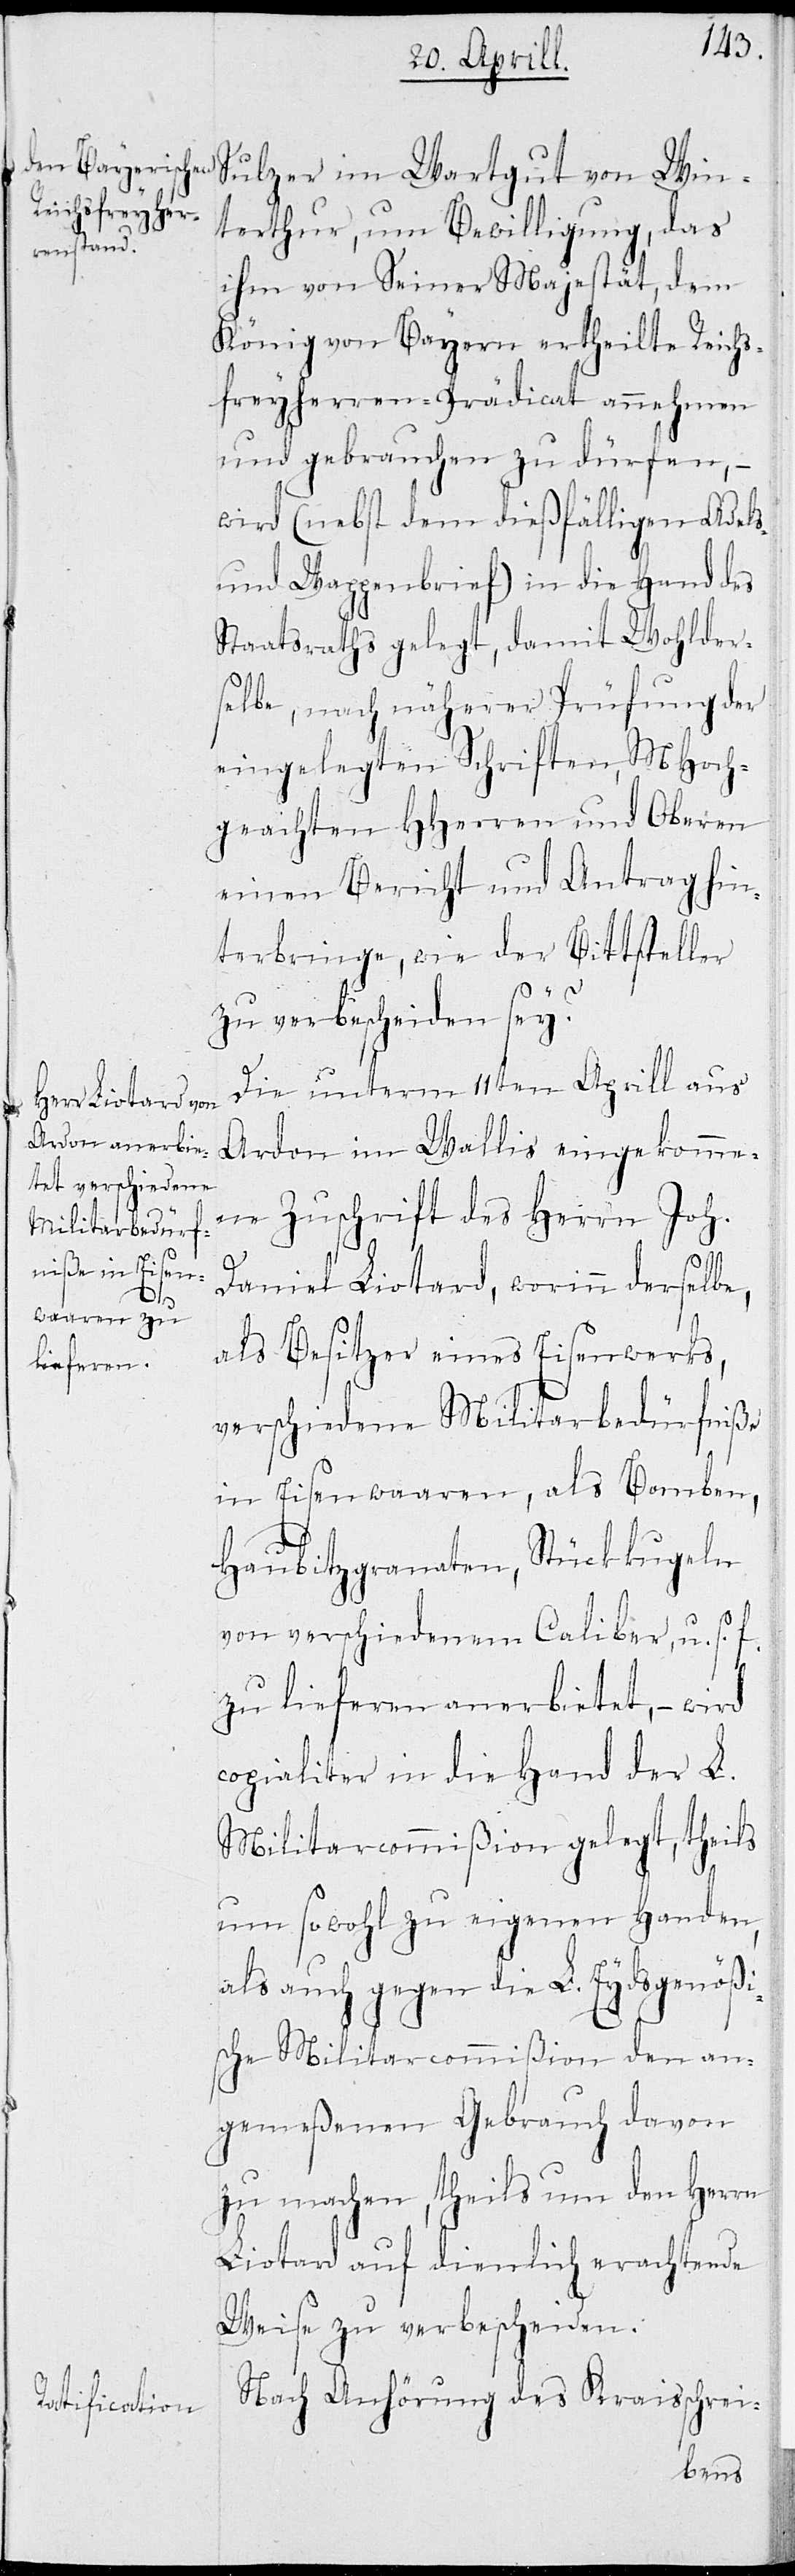
Sulzer im Wartgut von Win¬
terthur, um Bewilligung, das
ihm von Seiner Majestät, dem
König von Bayern ertheilte Reichs¬
freyherren-Prädicat annehmen
und gebrauchen zu dürfen, –
wird (nebst dem dießfälligen Adels-
und Wappenbrief) in die Hand des
Staatsraths gelegt, damit Wohlder¬
selbe, nach näherer Prüfung der
eingelegten Schriften, MHoch¬
geachten HHerren und Oberen
einen Bericht und Antrag hin¬
terbringe, wie der Bittsteller
zu verbscheiden sey.
Die unterm 11ten Aprill aus
Ardon im Wallis eingekomme¬
ne Zuschrift des Herrn Joh.
Daniel Liotard, worinn derselbe,
als Besitzer eines Eisenwerks,
verschiedene Militarbedürfniße
in Eisenwaaren, als Bomben,
Haubitzgranaten, Stückkugeln
von verschiedenem Caliber, u.s.f.
zu lieferen anerbietet, wird
copialiter in die Hand der L.
Militarcommißion gelegt, theils
um sowohl zu eigenen Handen,
als auch gegen die L. Eydsgenößi¬
sche Militarcommißion den an¬
gemeßenen Gebrauch davon
zu machen, theils um den Herrn
Liotard auf dienlich erachtende
Weise zu verbescheiden.
Nach Anhörung des Kraisschrei-